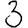
Digit: 3